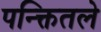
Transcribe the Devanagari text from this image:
पन्क्तितले